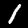
Label: 1